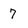
Character: 7